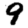
Digit: 9